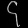
Digit: ၄